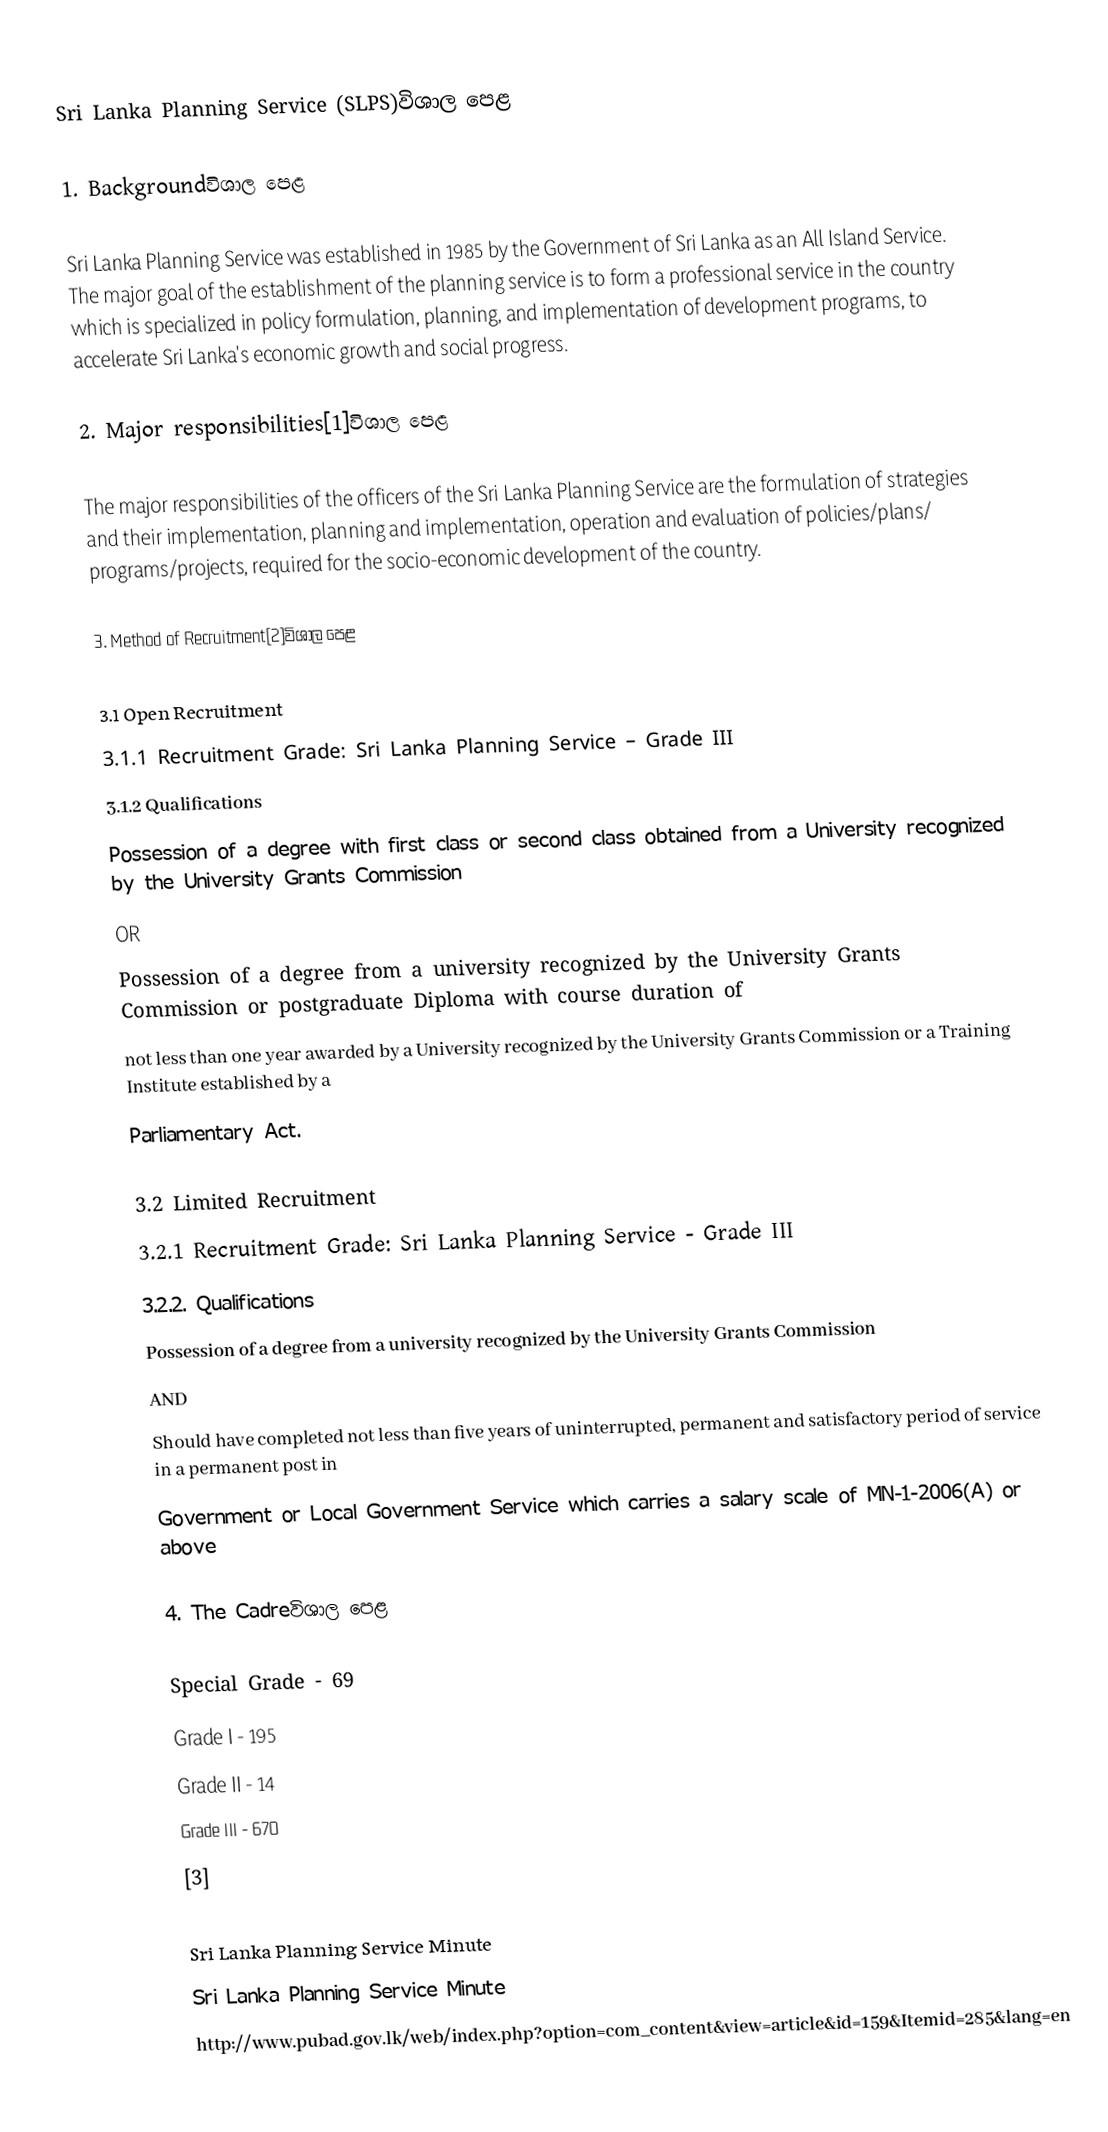
Sri Lanka Planning Service (SLPS)විශාල පෙළ

1. Backgroundවිශාල පෙළ

Sri Lanka Planning Service was established in 1985 by the Government of Sri Lanka as an All Island Service. The major goal of the establishment of the planning service is to form a professional service in the country which is specialized in policy formulation, planning, and implementation of development programs, to accelerate Sri Lanka's economic growth and social progress.

2. Major responsibilities[1]විශාල පෙළ

The major responsibilities of the officers of the Sri Lanka Planning Service are the formulation of strategies and their implementation, planning and implementation, operation and evaluation of policies/plans/ programs/projects, required for the socio-economic development of the country.

3. Method of Recruitment[2]විශාල පෙළ

3.1 Open Recruitment
  3.1.1 Recruitment Grade: Sri Lanka Planning Service – Grade III
  3.1.2 Qualifications
    Possession of a degree with first class or second class obtained from a University recognized by the University Grants Commission
                                                                    OR
    Possession of a degree from a university recognized by the University Grants Commission or postgraduate Diploma with course duration of
    not less than one year awarded by a University recognized by the University Grants Commission or a Training Institute established by a
    Parliamentary Act.

3.2 Limited Recruitment
  3.2.1 Recruitment Grade: Sri Lanka Planning Service - Grade III
  3.2.2. Qualifications
    Possession of a degree from a university recognized by the University Grants Commission
                                                                    AND
    Should have completed not less than five years of uninterrupted, permanent and satisfactory period of service in a permanent post in
    Government or Local Government Service which carries a salary scale of MN-1-2006(A) or above

4. The Cadreවිශාල පෙළ

     Special Grade - 69
     Grade I       - 195
     Grade II      - 14
     Grade III     - 670
[3]

 Sri Lanka Planning Service Minute
 Sri Lanka Planning Service Minute
 http://www.pubad.gov.lk/web/index.php?option=com_content&view=article&id=159&Itemid=285&lang=en